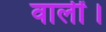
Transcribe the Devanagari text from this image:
वालीं।